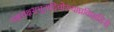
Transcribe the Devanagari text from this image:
यक्षराक्षसभूतादिचोरव्याघ्रविघातिनी